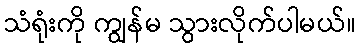
သံရုံးကို ကျွန်မ သွားလိုက်ပါမယ်။